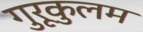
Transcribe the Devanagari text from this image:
गुरूकुलम